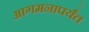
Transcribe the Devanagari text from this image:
आगमनापर्यंत